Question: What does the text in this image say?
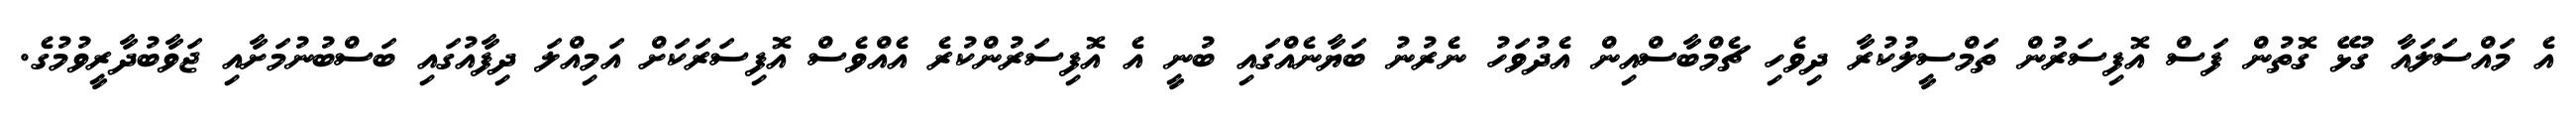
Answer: އެ މައްސަލައާ ގުޅޭ ގޮތުން ފަސް އޮފިސަރުން ތަމްސީލުކުރާ ދިވެހި ޗެމްބާސްއިން އެދުވަހު ނެރުނު ބަޔާނެއްގައި ބުނީ އެ އޮފިސަރުންކުރެ އެއްވެސް އޮފިސަރަކަށް އަމިއްލަ ދިފާއުގައި ބަސްބުނުމަށާއި ޖަވާބުދާރީވުމުގެ.